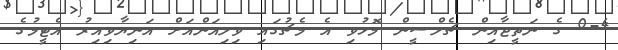
0-4 ގެ ނަތީޖާއިން ޗެލްސީން މޮޅުވި އެ މެޗުގައި ވިލިއަންއަށް އަނިޔާވިއިރު އެޓީމުގެ